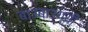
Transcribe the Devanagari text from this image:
बाउबाउग्यी